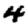
Digit: 4